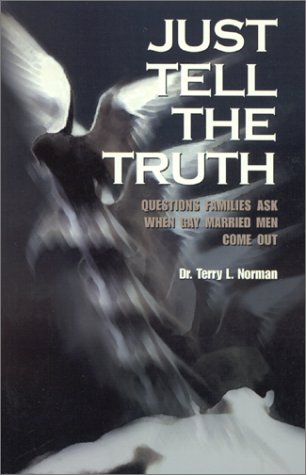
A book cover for Just Tell the Truth: Questions Families Ask When Gay Married Men Come Out; Terry L. Norman ; Gay & Lesbian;